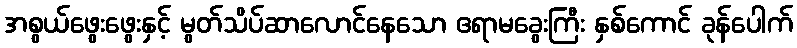
အစွယ်ဖွေးဖွေးနှင့် မွတ်သိပ်ဆာလောင်နေသော ဧရာမခွေးကြီး နှစ်ကောင် ခုန်ပေါက်